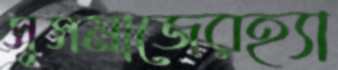
সুসমাজেরহ্যা